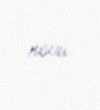
növü.